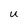
Character: U